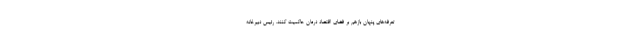
تعرفه‌های پنهان بازهم بر فضای اقتصاد درمان حاکمیت کنند. رئیس دبیرخانه